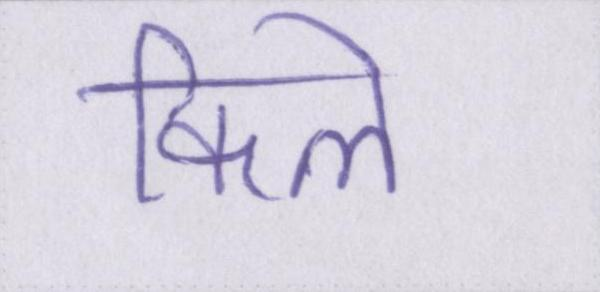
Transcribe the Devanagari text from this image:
किले